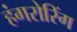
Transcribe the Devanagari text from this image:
हंगरोरिंग